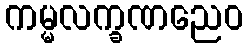
ကမ္မလက္ခဏညေဝ